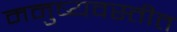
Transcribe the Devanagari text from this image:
मनुष्यवस्तीत